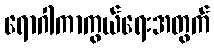
ရောဂါကာကွယ်ရေးအတွက်